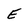
Character: E